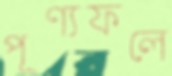
পূণ্যফলে